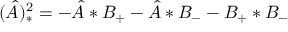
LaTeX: ( \hat { A } ) _ { * } ^ { 2 } = - \hat { A } * B _ { + } - \hat { A } * B _ { - } - B _ { + } * B _ { - }